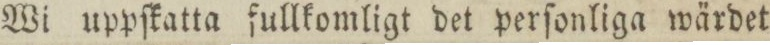
Wi uppſkatta fullkomligt det perſonliga wärdet